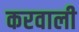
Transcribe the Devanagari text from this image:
करवाली